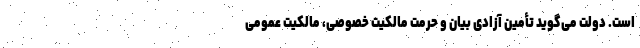
است. دولت می‌گوید تأمین آزادی بیان و حرمت مالکیت خصوصی، مالکیت عمومی